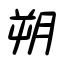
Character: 朔